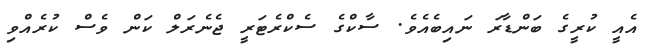
އެއީ ކުރީގެ ބަންޑާރަ ނައިބެއެވެ. ސާކްގެ ސެކްރެޓަރީ ޖެނެރަލް ކަން ވެސް ކުރެއްވި